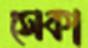
সেকা